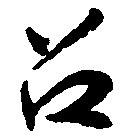
召